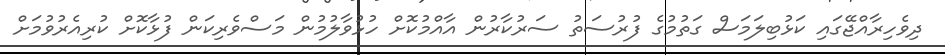
ދިވެހިރާއްޖޭގައި ކަޅުބިލަމަސް ގަތުމުގެ ފުރުސަތު ސަރުކާރުން އާއްމުކޮށް ހުޅުވާލުމުން މަސްވެރިކަން ފުޅާކޮށް ކުރިއެރުވުމަށް